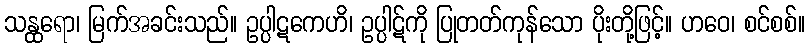
သန္ထရော၊ မြက်အခင်းသည်။ ဥပ္ပါဋကေဟိ၊ ဥပ္ပါဋ်ကို ပြုတတ်ကုန်သော ပိုးတို့ဖြင့်။ ဟဝေ၊ စင်စစ်။